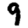
Digit: 9